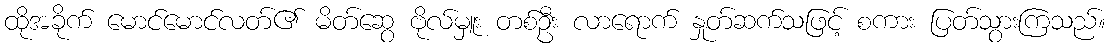
ထိုအခိုက် မောင်မောင်လတ်၏ မိတ်ဆွေ ဗိုလ်မှူး တစ်ဦး လာရောက် နှုတ်ဆက်သဖြင့် စကား ပြတ်သွားကြသည်။